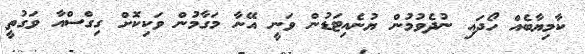
ކާމިޔާބެއް ހޯދައި ނުދެވުމުން ޔުނެއިޓަޑުން ވަނީ އޭނާ މަގާމުން ވަކިކޮށް ގިގްސްއާ ވަގުތީ